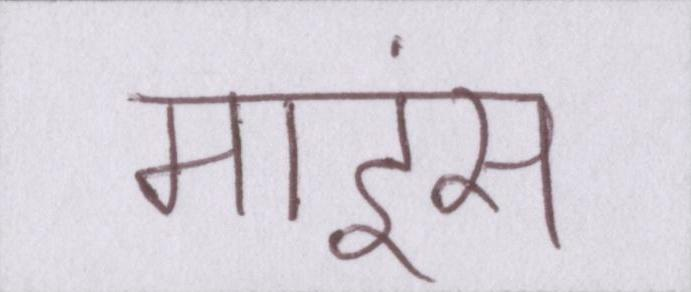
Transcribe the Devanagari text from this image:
माइंस